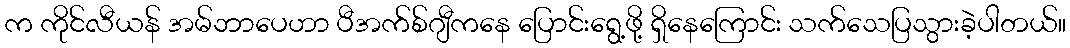
က ကိုင်လီယန် အမ်ဘာပေဟာ ပီအက်စ်ဂျီကနေ ပြောင်းရွေ့ဖို့ ရှိနေကြောင်း သက်သေပြသွားခဲ့ပါတယ်။